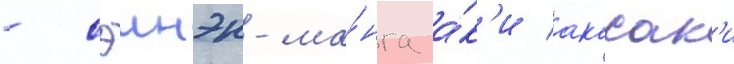
- сэинэн-ма́нга а́к'и акасак'и